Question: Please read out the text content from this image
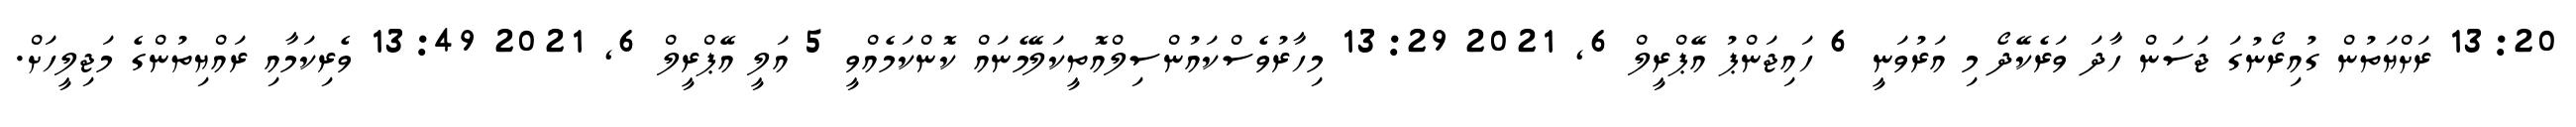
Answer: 13:20 ރަށްޔަތުން ގުއިރޯނުގަ ޖަސަން ހާދަ ވަރެކޭދޯ މި އަރުވަނީ 6 ހައިޖަންޕު އޭޕްރީލް 6, 2021 13:29 މިހާރުވެސްކައުންސިލްއޮތީކަލޭމެނައް ކޮންކަމެއްވީ 5 އަލީ އޭޕްރީލް 6, 2021 13:49 ވެރިކަމާއި ރައްޔިތުންގެ މަޖިލީހަށް.